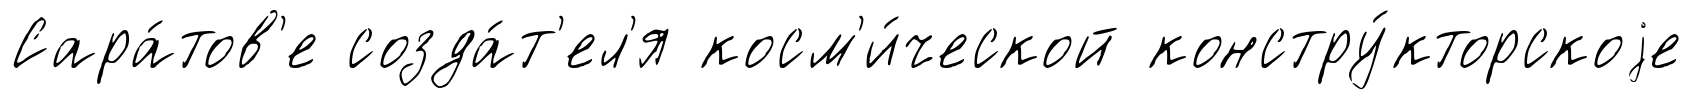
Сара́тов'е созда́т'ел'я косм'и́ческой констру́кторскоjе